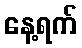
နေ့ရက်